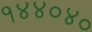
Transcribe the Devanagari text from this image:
१४४०४०